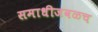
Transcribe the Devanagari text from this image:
समाधीजवळच